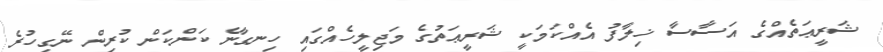
ޝަރީޢަތެއްގެ އަސާސާ ޚިލާފު އެއްކަމަކީ ޝަރީޢަތުގެ މަޖިލީހެއްގައި ހިނގާނެ ކަންކަން ކުރިން ނޭގިހުރެ